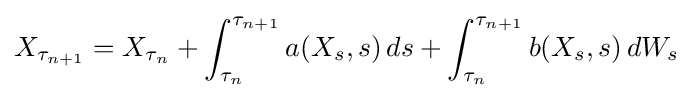
X_{\tau _{n+1}}=X_{\tau _{n}}+\int _{\tau _{n}}^{\tau _{n+1}}a(X_{s},s)\,ds+\int _{\tau _{n}}^{\tau _{n+1}}b(X_{s},s)\,dW_{s}